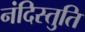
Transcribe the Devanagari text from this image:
नंदिस्तुति